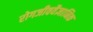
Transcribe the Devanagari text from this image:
रोगजीववैज्ञानिक